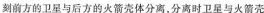
刻前方的卫星与后方的火箭壳体分离，分离时卫星与火箭壳